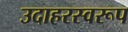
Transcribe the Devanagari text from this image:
उदाहरस्वरूप